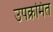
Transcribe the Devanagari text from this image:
उपक्रमित